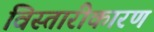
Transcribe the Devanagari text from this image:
विस्तारीकारण